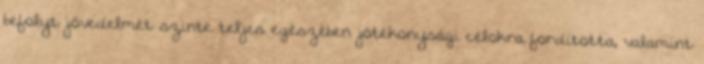
befolyt jövedelmét szinte teljes egészében jótékonysági célokra fordította, valamint